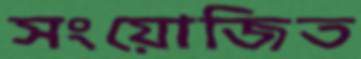
সংয়োজিত